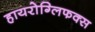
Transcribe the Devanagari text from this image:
हायरोग्लिफक्स